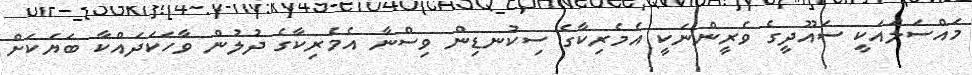
މައްސަލައަކީ ސައޫދީގެ ވެރީންނަކީ އެމެރިކާގެ ސިކުނޑިން ވިސްނާ އެމެރިކާގެ ދުލުން ވާހަކަދައްކާ ބަޔަކަށް